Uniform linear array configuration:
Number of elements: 24
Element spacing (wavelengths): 0.25
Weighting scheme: exponential
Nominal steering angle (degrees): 45
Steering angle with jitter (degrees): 44.697
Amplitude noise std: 0.05
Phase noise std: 0.05

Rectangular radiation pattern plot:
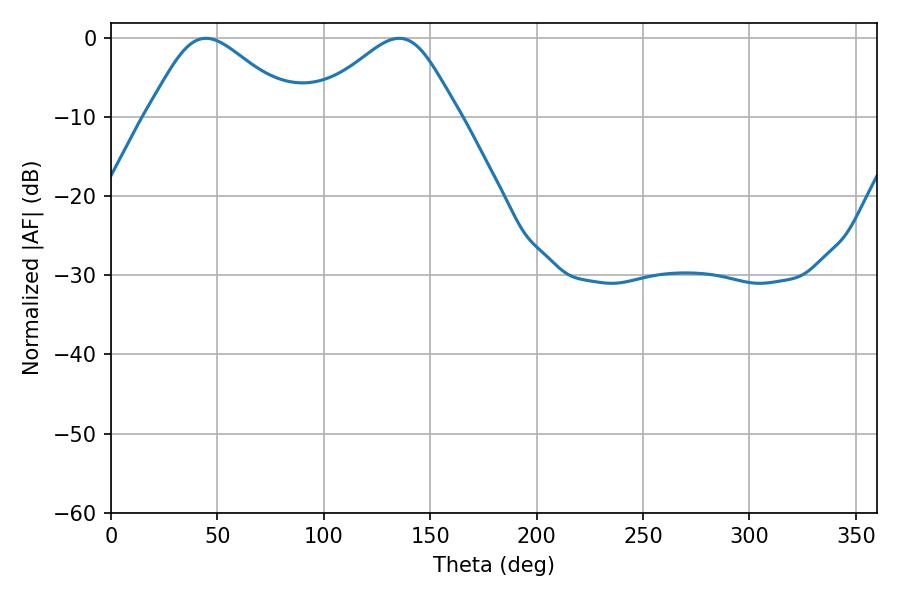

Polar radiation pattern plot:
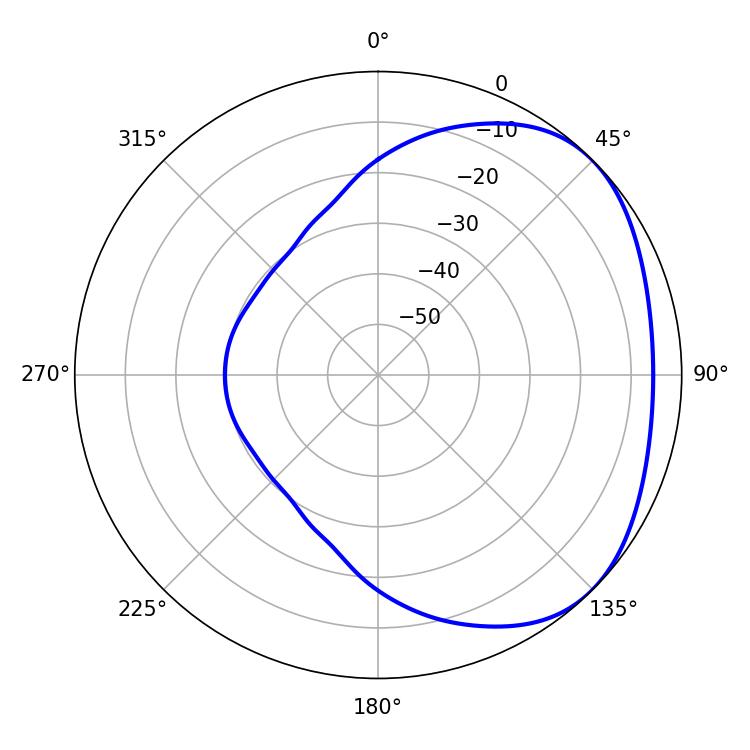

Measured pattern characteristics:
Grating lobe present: FALSE
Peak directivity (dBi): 2.836
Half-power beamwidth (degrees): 34.74
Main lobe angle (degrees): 44.64